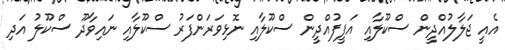
އެއީ ޖަލާލުއްދީން ސްކޫލާއި އަފީފުއްދީން ސްކޫލާއި ނޮޅިވަރަންފަރު ސްކޫލާއި ނައިވާދޫ ސްކޫލު އަދި